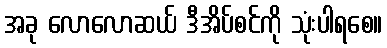
အခု လောလောဆယ် ဒီအိပ်စင်ကို သုံးပါရစေ။